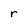
Character: r